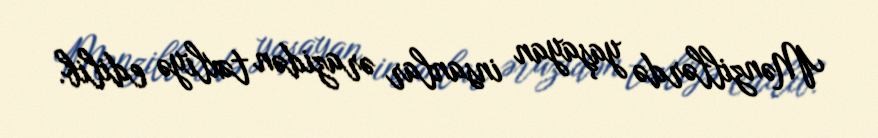
Mənzillərdə yaşayan insanlar ərazidən təxliyə edilib.